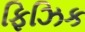
ફિઝિક